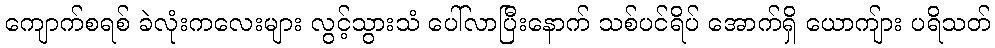
ကျောက်စရစ် ခဲလုံးကလေးများ လွင့်သွားသံ ပေါ်လာပြီးနောက် သစ်ပင်ရိပ် အောက်ရှိ ယောကျ်ား ပရိသတ်